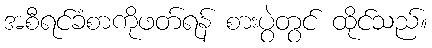
အစီရင်ခံစာကိုဖတ်ရန် စားပွဲတွင် ထိုင်သည်။